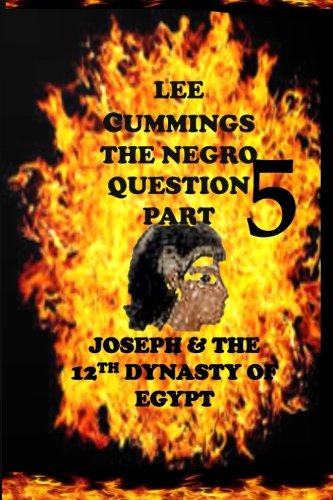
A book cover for The Negro Question Part 5 Joseph and the 12th dynasty of Egypt; Lee Cummings; History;